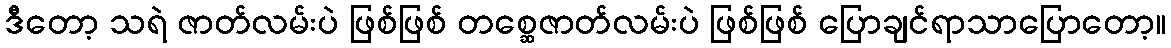
ဒီတော့ သရဲ ဇာတ်လမ်းပဲ ဖြစ်ဖြစ် တစ္ဆေဇာတ်လမ်းပဲ ဖြစ်ဖြစ် ပြောချင်ရာသာပြောတော့။